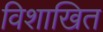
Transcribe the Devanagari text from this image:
विशाखित